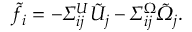
\tilde { f } _ { i } = - \itSigma _ { i j } ^ { U } \tilde { U } _ { j } - \itSigma _ { i j } ^ { \Omega } \tilde { \itOmega } _ { j } .